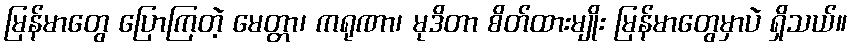
မြန်မာတွေ ပြောကြတဲ့ မေတ္တာ၊ ကရုဏာ၊ မုဒိတာ စိတ်ထားမျိုး မြန်မာတွေမှာပဲ ရှိသယ်။